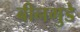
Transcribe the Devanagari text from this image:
बीनगुडे